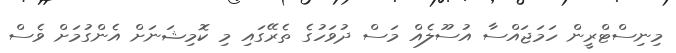
މިނިސްޓްރީން ހަމަޖައްސާ އުސޫލެއް މަސް ދުވަހުގެ ތެރޭގައި މި ކޮމިޝަނަށް އެންގުމަށް ވެސް